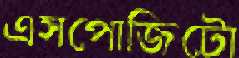
এসপোজিটো